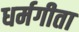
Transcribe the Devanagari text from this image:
धर्मगीता